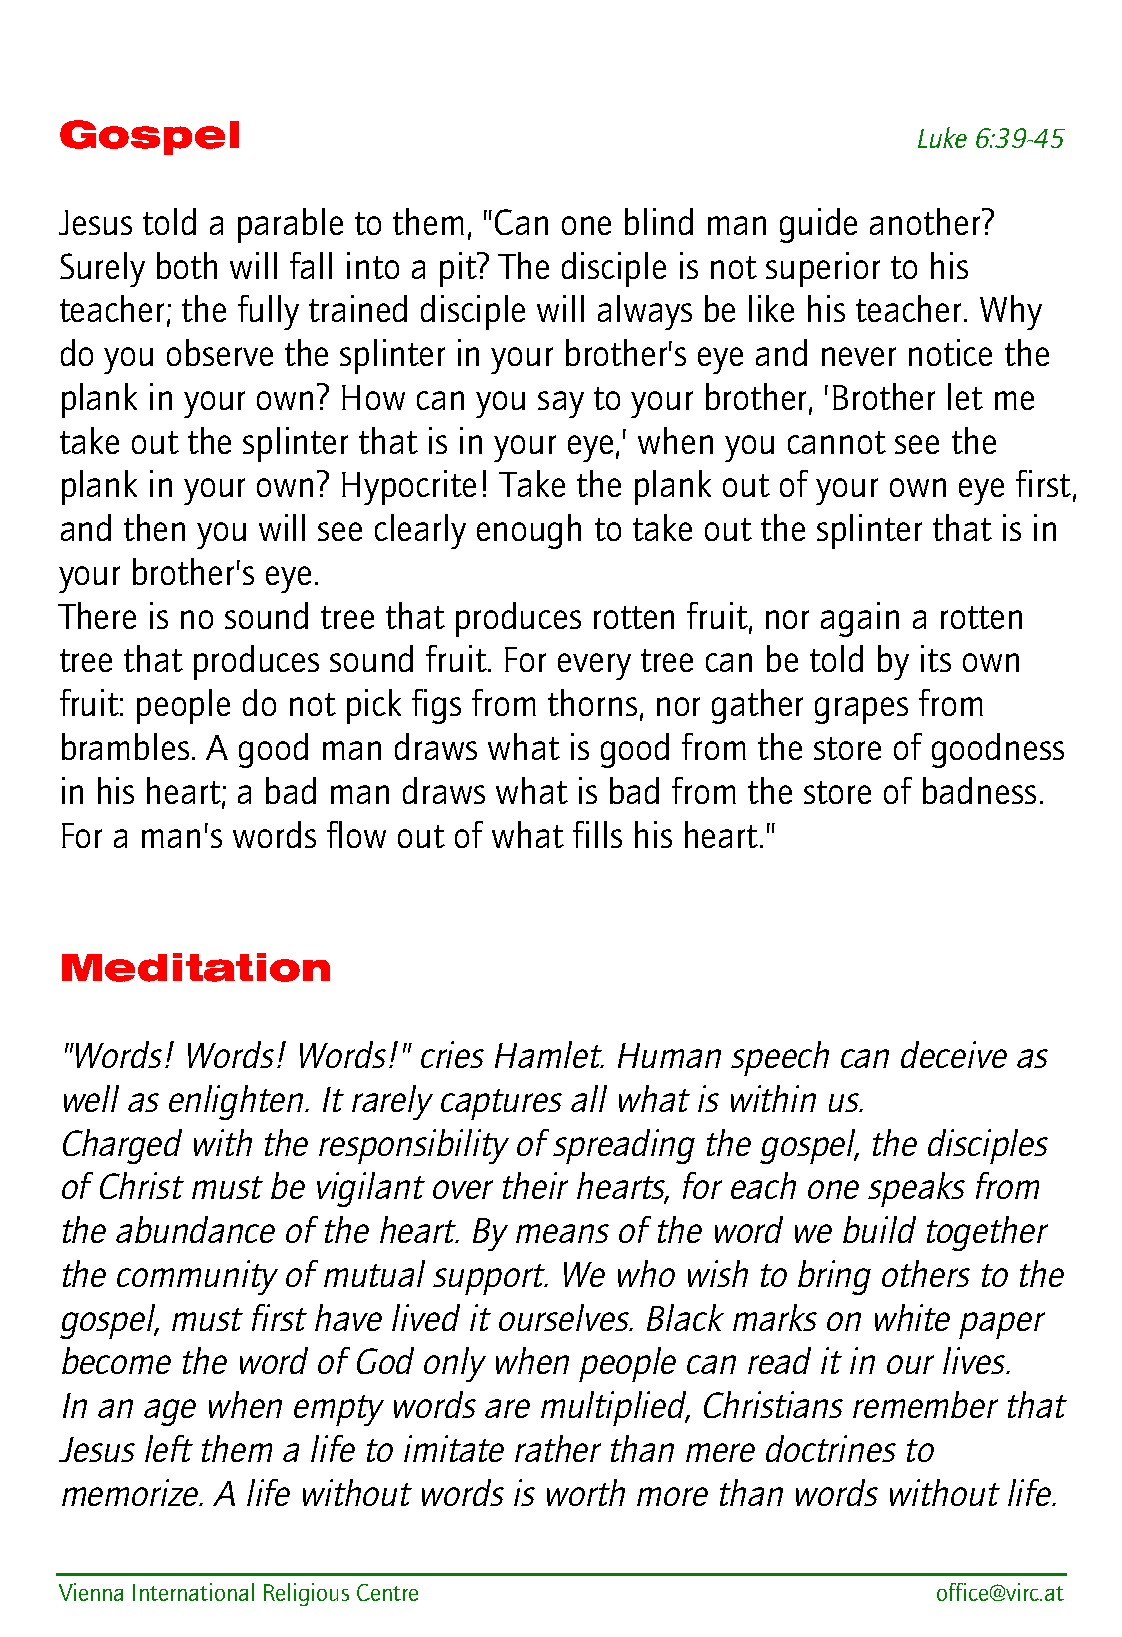
Gospel
 Luke 6:39-45
 Jesus told a parable to them, "Can one blind man guide another?
 Surely both will fall into a pit? The disciple is not superior to his
 teacher; the fully trained disciple will always be like his teacher. Why
 do you observe the splinter in your brother's eye and never notice the
 plank in your own? How can you say to your brother, 'Brother let me
 take out the splinter that is in your eye,' when you cannot see the
 plank in your own? Hypocrite! Take the plank out of your own eye first,
 and then you will see clearly enough to take out the splinter that is in
 your brother's eye.
 There is no sound tree that produces rotten fruit, nor again a rotten
 tree that produces sound fruit. For every tree can be told by its own
 fruit: people do not pick figs from thorns, nor gather grapes from
 brambles. A good man  draws what  is good from the store of goodness
 in his heart; a bad man draws what is bad from the store of badness.
 For a man's words flow out of what fills his heart."
 Meditation
 "Words! Words! Words!"  cries Hamlet. Human speech can deceive as
 well as enlighten. It rarely captures all what is within us.
 Charged with the responsibility of spreading the gospel, the disciples
 of Christ must be vigilant over their hearts, for each one speaks from
 the abundance  of the heart. By means of the word we build together
 the community  of mutual support. We who wish to bring others to the
 gospel, must first have lived it ourselves. Black marks on white paper
 become  the word of God only when people can read it in our lives.
 In an age when empty  words are multiplied, Christians remember that
 Jesus left them a life to imitate rather than mere doctrines to
 memorize. A life without words is worth more than words without life.
 Vienna International Religious Centre                     office@virc.at